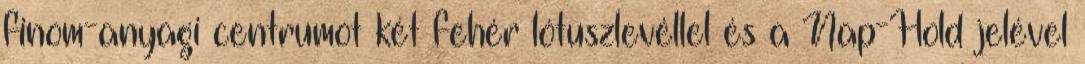
finom-anyagi centrumot két fehér lótuszlevéllel és a Nap-Hold jelével